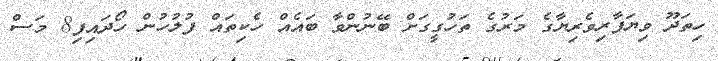
ހިތަދޫ ވިޔަފާރިވެރިޔާގެ މަރުގެ ތަހުގީގަށް ބޭނުންވާ ބައެއް ހެކިތައް ފުލުހުން ހޯދައިފި8 މަސް